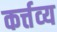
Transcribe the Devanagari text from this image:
कर्त्तव्‍य